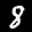
Label: 8